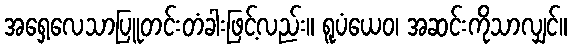
အရှေ့လေသာပြူတင်းတံခါးဖြင့်လည်း။ ရူပံယေဝ၊ အဆင်းကိုသာလျှင်။